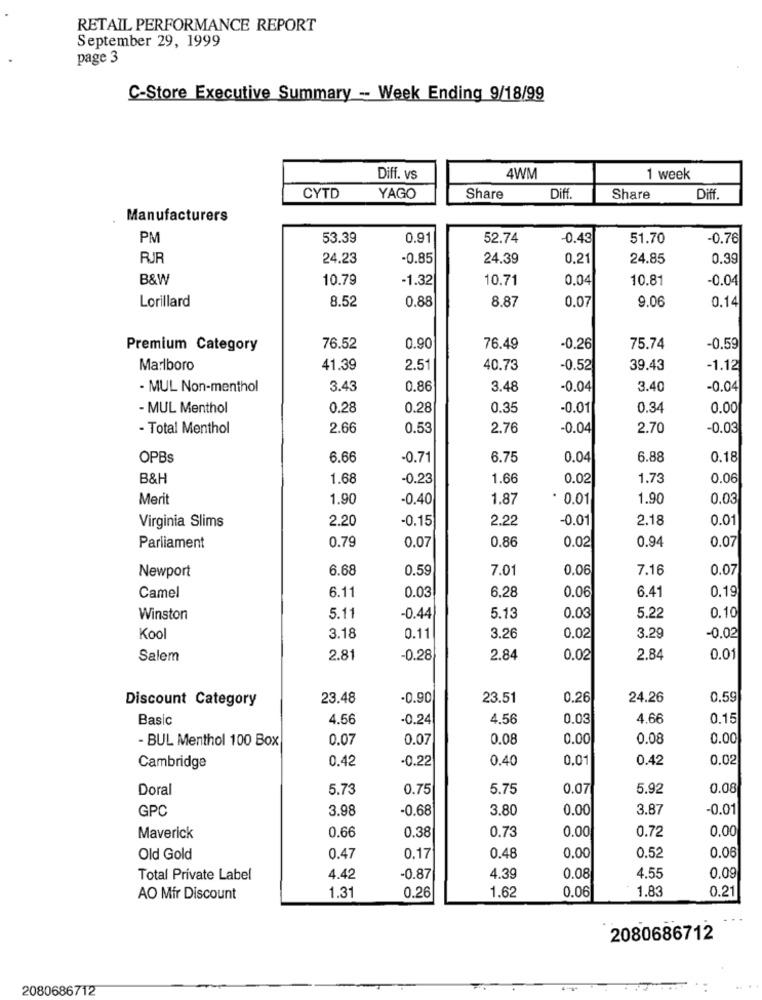
RETAIL PERFORMANCE REPORT
September 29, 1999
page 3
C-Store Executive Summary - Week Ending 9/18/99
Diff. vs
4WM
1 week
CYTD
YAGO
Share
Dif
Share
Diff
Manufacturers
PM
53.39
0.91
52.74
-0.43
51.70
-0.76
RJR
24.23
-0.85
24.39
0.21
24.85
0.39
B&W
10.79
-1.32
10.71
0.04
10.81
-0.04
Lorillard
8.52
0.88
8.87
0.07
9.06
0.14
Premium Category
76.52
0.90
76.49
-0.26
75.74
-0.59
Marlboro
41.39
2.51
40.73
-0.52
39.43
-1.12
- MUL Non-menthol
3.43
0.86
3.48
-0.04
3.40
-0.04
- MUL Menthol
0.28
0.28
0.35
-0.01
0.34
0.00
- Total Menthol
2.66
0.53
2.76
-0.04
2.70
-0.03
OPBs
6.66
-0.71
6.75
0.04
6.88
0.18
B&H
1.68
-0.23
1.66
0.02
1.73
0.06
Merit
1.90
-0.40
1.87
· 0.01
1.90
0.03
2.20
-0.15
2.22
-0.01
2.18
0.01
Virginia Slims
0.79
0.86
0.02
0.94
0.07
Parliament
0.07
Newport
6.68
0.59
7.01
0.06
7.16
0.07
6.11
0.03
6,28
0.06
6.41
0.19
Camel
Winston
5.11
-0.44
5.13
0.0
5.22
0.10
Kool
3.18
0.11
3.26
0.02
3.29
-0.02
Salem
2.81
-0.28
2.84
0.02
2.84
0.01
Discount Category
23.48
-0.90
23.51
0.26
24.26
0.59
Basic
4.56
-0.24
4.56
0.03
4.66
0.15
- BUL Menthol 100 Box
0.07
0.07
0.08
0.00
0.08
0.00
0.42
-0.22
0.40
0.01
0.42
0.02
Cambridge
Doral
5.73
0.75
5.75
0.07
5.92
0.08
GPC
3.98
-0.68
3.80
0.00
3.87
-0.01
0.66
0.73
0.00
Maverick
0.38
0.00
0.72
0.06
Old Gold
0.47
0.17
0.48
0.00
0.52
Total Private Label
4.42
-0.87
4.39
0.08
4.55
0.09
0.06
1.83
0.21
AO Mir Discount
1.31
0.26
1.62
2080686712
2080686712